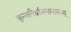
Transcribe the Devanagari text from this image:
कुन्तलैर्भ्राजमानाननम्